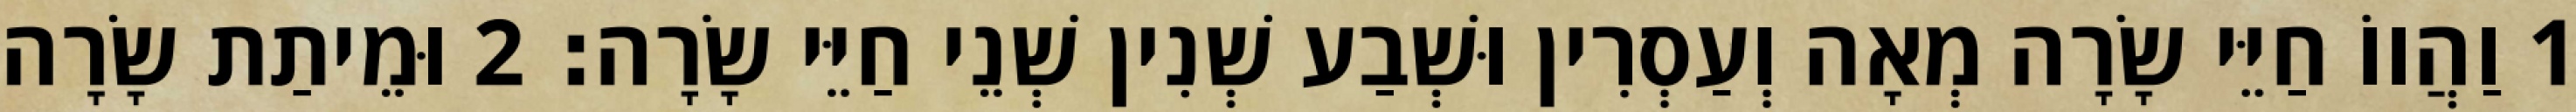
1 וַהֲווֹ חַיֵּי שָׂרָה מְאָה וְעַסְרִין וּשְׁבַע שְׁנִין שְׁנֵי חַיֵּי שָׂרָה׃ 2 וּמֵיתַת שָׂרָה